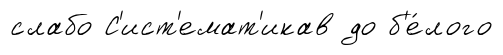
слабо С'ист'емат'икав до б'е́лого